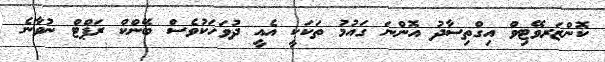
ކޮންޒަރވޭޓިވް އިގްތިސާދު އޮންނަ ގައުމު ތަކަކީ އެއީ ދުވަހަކުވެސް ބޭންކް ރަޕްޓް ނުވާނެ